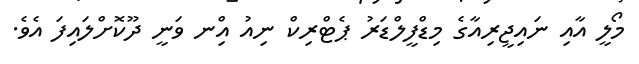
މޯލީ އާއި ނައިޖީރިއާގެ މިޑްފީލްޑަރު ޕެޓްރިކް ނިއު އިްނ ވަނީ ދޫކޮށްލައިފަ އެވެ.